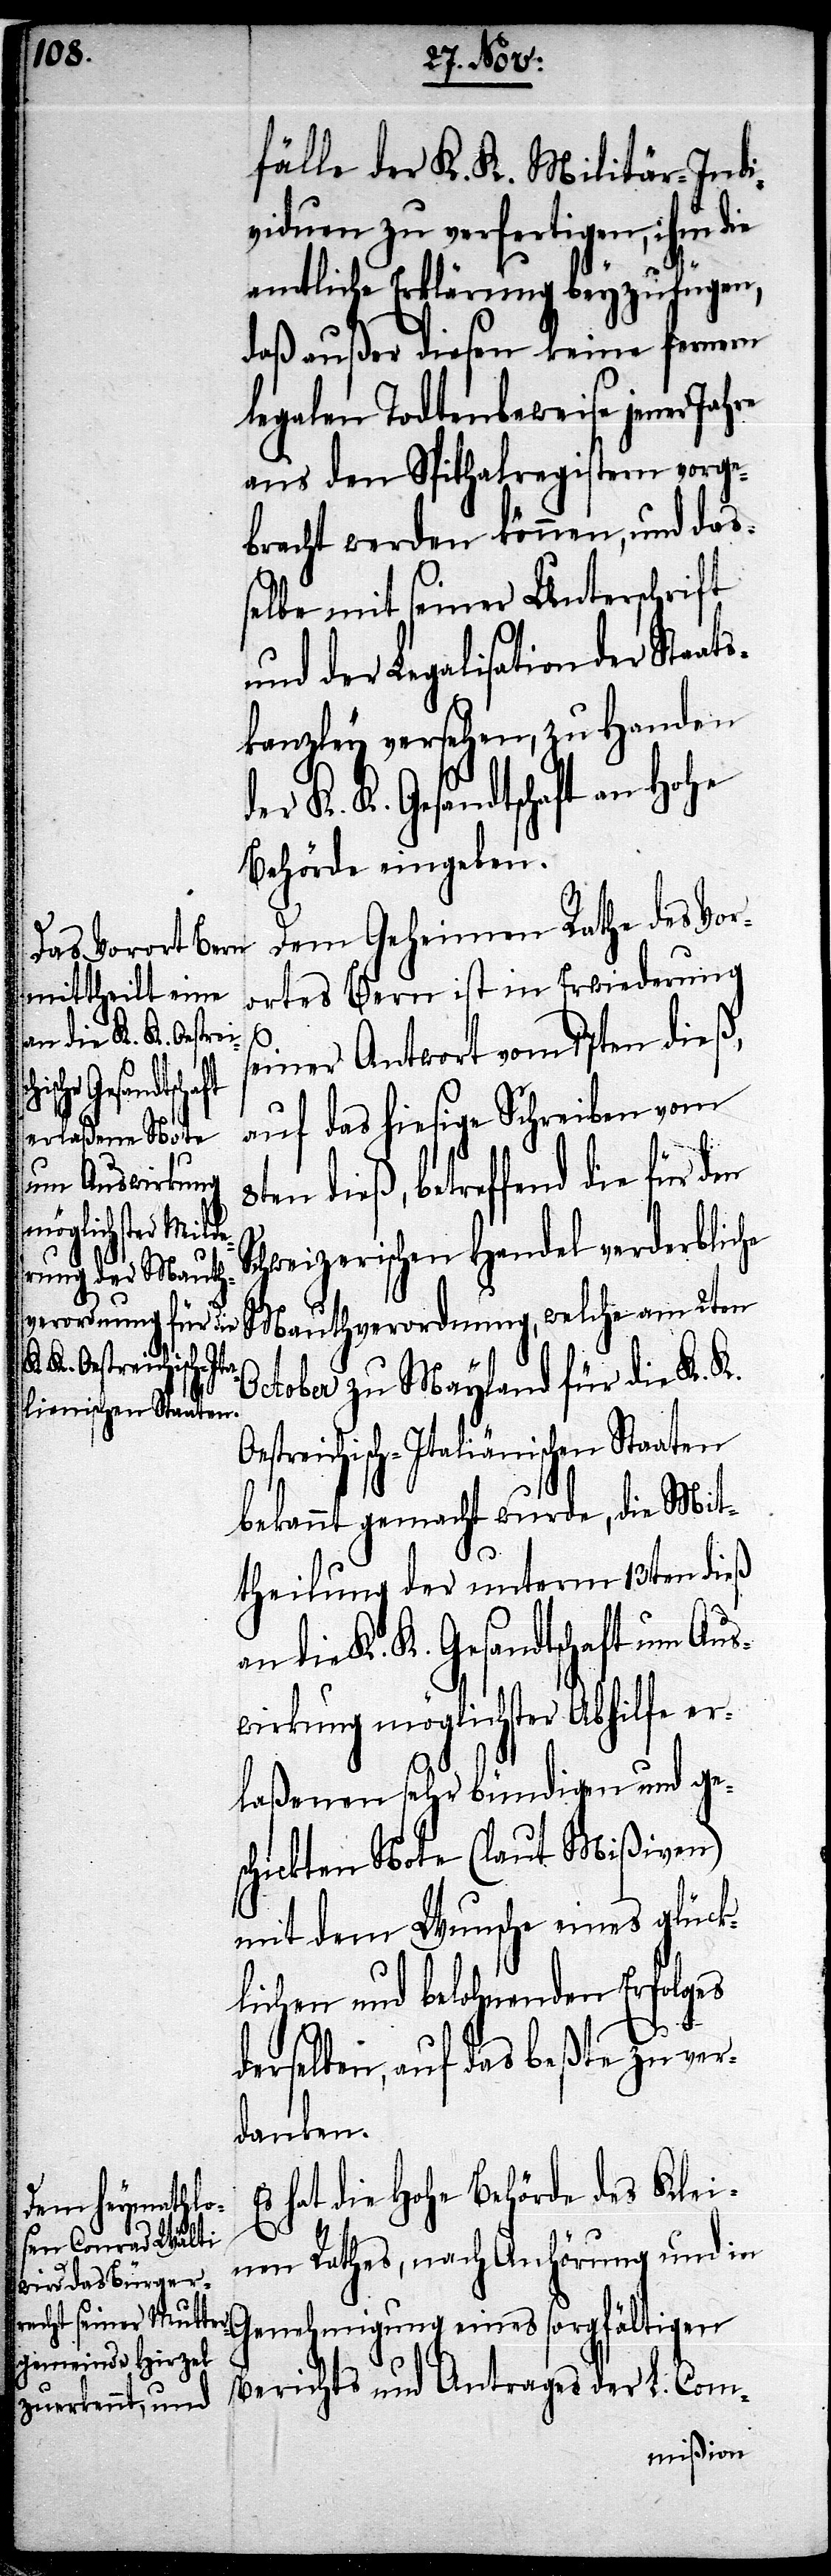
fälle der K. K. Militär-Indi¬
viduen zu verfertigen, ihm die
amtliche Erklärung beyzufügen,
daß außer diesen keine fernern
legalen Todtenbeweise jener
aus den Spithalregistern vorge¬
bracht werden können, und daß¬
elbe mit seiner Unterschrift
und der Legalisation der Staat¬
skanzley versehen, zu Handen
Behörde eingeben.
Dem Geheimen Rathe des Vor¬
ortes Bern ist in Erwiederung
a¬
einer Antwort vom 17ten dieß,
auf das hiesige Schreiben vom
en dieß, betreffend die für den
chweizerischen Handel verderbliche
Mauthverordnung, welche am 2ten
October zu Mayland für die K. K.
Oestreich-Italiänischen Staaten
bekannt gemacht wurde, die Mit¬
8t¬
theilung des unterm 13ten dieß
n die K. K. Gesandtschaft um Aus¬
wirkung möglichster Abhilfe er¬
laßenen sehr bündigen und ge¬
schickten Note (laut Mißiven)
mit dem Wunsche eines glück¬
lichen und belohnenden Erfolges
derselben, auf das beßte zu ver¬
danken.
Es hat die Hohe Behörde des Klei¬
nen Rathes, nach Anhörung und in
Genehmigung eines sorgfältigen
Berichts und Antrages der L. Com-